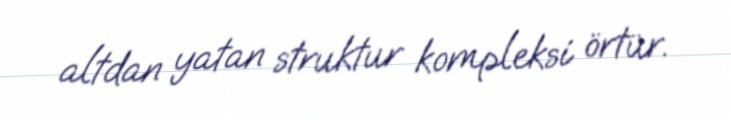
altdan yatan struktur kompleksi örtür.